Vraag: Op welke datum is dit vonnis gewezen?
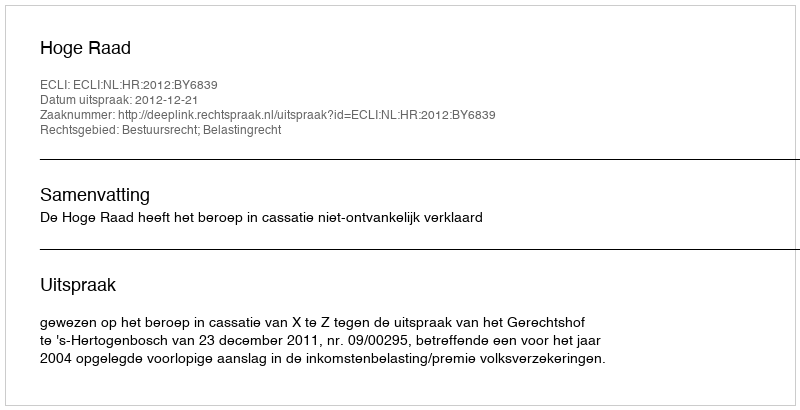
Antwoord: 2012-12-21